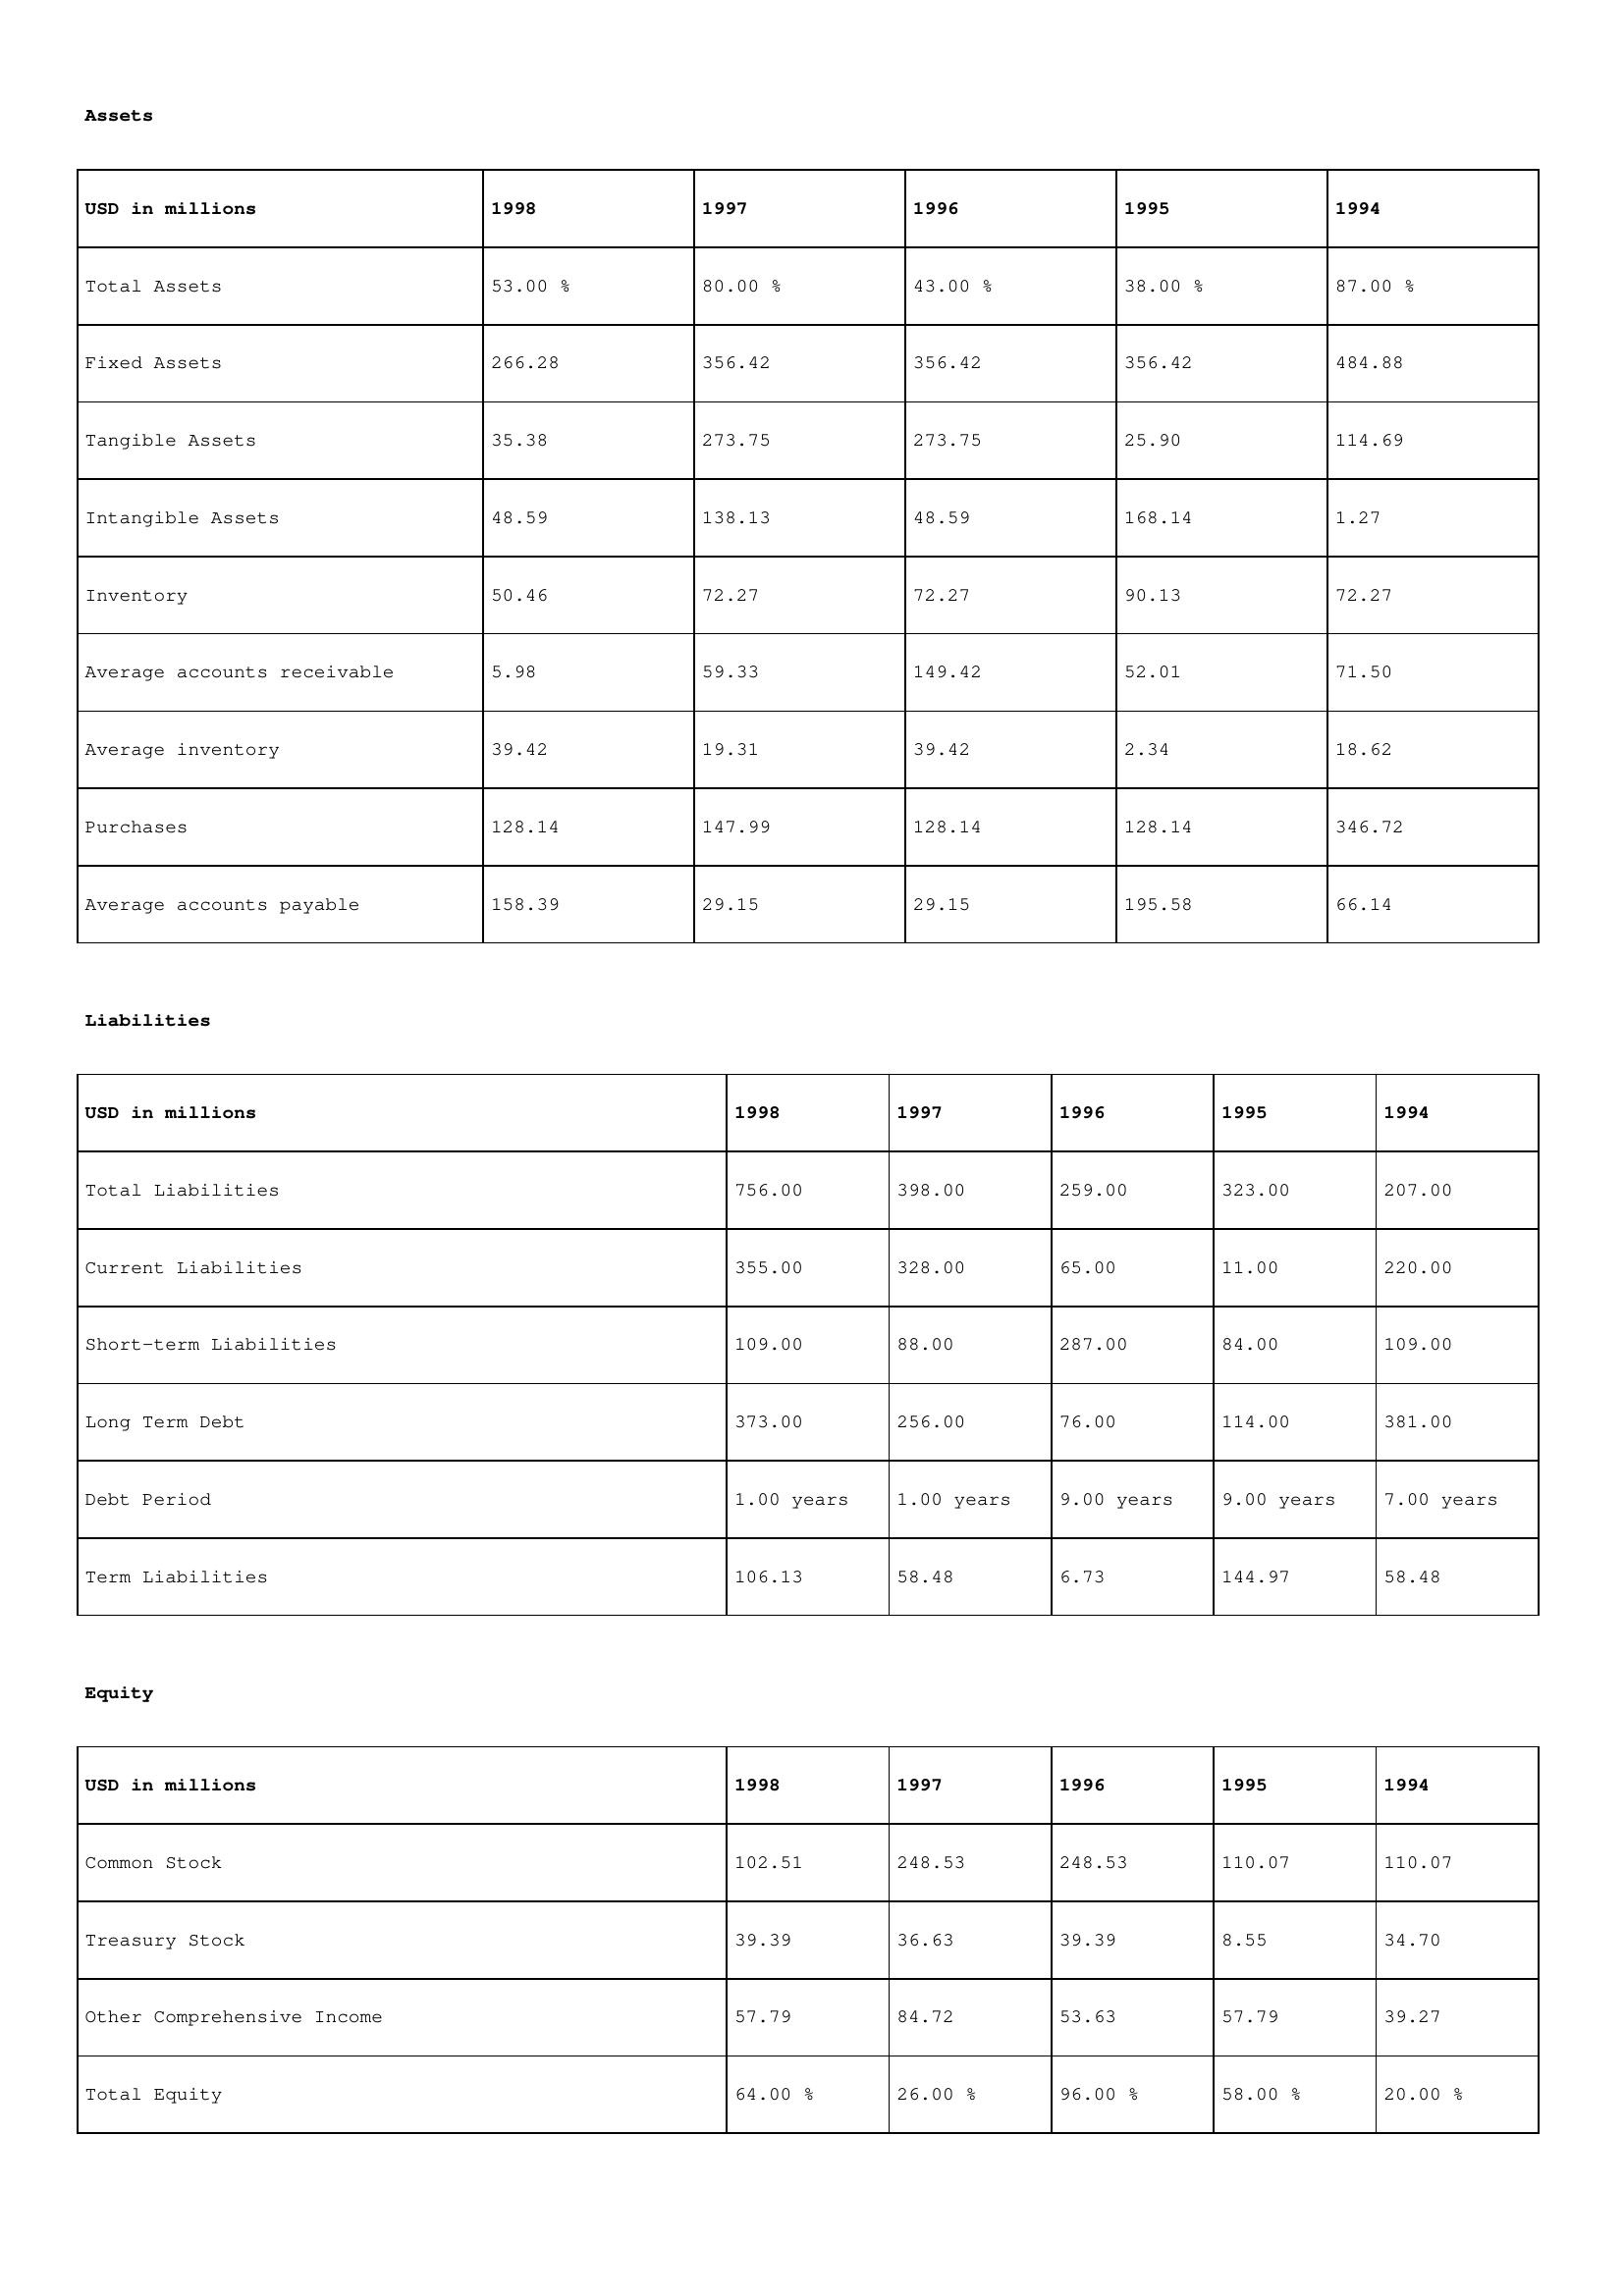
gt_parse: 1998: Assets: Total Assets: 53.00 %
Fixed Assets: 266.28
Tangible Assets: 35.38
Intangible Assets: 48.59
Inventory: 50.46
Average accounts receivable: 5.98
Average inventory: 39.42
Purchases: 128.14
Average accounts payable: 158.39
Liabilities: Total Liabilities: 756.00
Current Liabilities: 355.00
Short-term Liabilities: 109.00
Long Term Debt: 373.00
Debt Period: 1.00 years
Term Liabilities: 106.13
Equity: Common Stock: 102.51
Treasury Stock: 39.39
Other Comprehensive Income: 57.79
Total Equity: 64.00 %
1997: Assets: Total Assets: 80.00 %
Fixed Assets: 356.42
Tangible Assets: 273.75
Intangible Assets: 138.13
Inventory: 72.27
Average accounts receivable: 59.33
Average inventory: 19.31
Purchases: 147.99
Average accounts payable: 29.15
Liabilities: Total Liabilities: 398.00
Current Liabilities: 328.00
Short-term Liabilities: 88.00
Long Term Debt: 256.00
Debt Period: 1.00 years
Term Liabilities: 58.48
Equity: Common Stock: 248.53
Treasury Stock: 36.63
Other Comprehensive Income: 84.72
Total Equity: 26.00 %
1996: Assets: Total Assets: 43.00 %
Fixed Assets: 356.42
Tangible Assets: 273.75
Intangible Assets: 48.59
Inventory: 72.27
Average accounts receivable: 149.42
Average inventory: 39.42
Purchases: 128.14
Average accounts payable: 29.15
Liabilities: Total Liabilities: 259.00
Current Liabilities: 65.00
Short-term Liabilities: 287.00
Long Term Debt: 76.00
Debt Period: 9.00 years
Term Liabilities: 6.73
Equity: Common Stock: 248.53
Treasury Stock: 39.39
Other Comprehensive Income: 53.63
Total Equity: 96.00 %
1995: Assets: Total Assets: 38.00 %
Fixed Assets: 356.42
Tangible Assets: 25.90
Intangible Assets: 168.14
Inventory: 90.13
Average accounts receivable: 52.01
Average inventory: 2.34
Purchases: 128.14
Average accounts payable: 195.58
Liabilities: Total Liabilities: 323.00
Current Liabilities: 11.00
Short-term Liabilities: 84.00
Long Term Debt: 114.00
Debt Period: 9.00 years
Term Liabilities: 144.97
Equity: Common Stock: 110.07
Treasury Stock: 8.55
Other Comprehensive Income: 57.79
Total Equity: 58.00 %
1994: Assets: Total Assets: 87.00 %
Fixed Assets: 484.88
Tangible Assets: 114.69
Intangible Assets: 1.27
Inventory: 72.27
Average accounts receivable: 71.50
Average inventory: 18.62
Purchases: 346.72
Average accounts payable: 66.14
Liabilities: Total Liabilities: 207.00
Current Liabilities: 220.00
Short-term Liabilities: 109.00
Long Term Debt: 381.00
Debt Period: 7.00 years
Term Liabilities: 58.48
Equity: Common Stock: 110.07
Treasury Stock: 34.70
Other Comprehensive Income: 39.27
Total Equity: 20.00 %